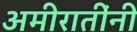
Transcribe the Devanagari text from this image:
अमीरातींनी